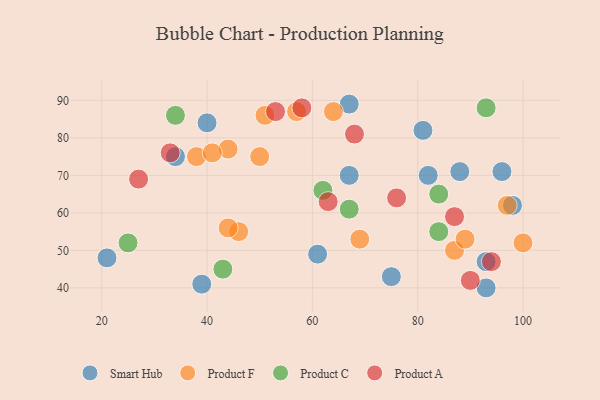
{"axis": {"x": "GDP", "y": "Life Expectancy"}, "legend": ["Product A", "Product C", "Product F", "Smart Hub"], "data": [{"x": "39", "y": 41, "type": "Smart Hub"}, {"x": "93", "y": 40, "type": "Smart Hub"}, {"x": "98", "y": 62, "type": "Smart Hub"}, {"x": "93", "y": 47, "type": "Smart Hub"}, {"x": "34", "y": 75, "type": "Smart Hub"}, {"x": "21", "y": 48, "type": "Smart Hub"}, {"x": "40", "y": 84, "type": "Smart Hub"}, {"x": "82", "y": 70, "type": "Smart Hub"}, {"x": "75", "y": 43, "type": "Smart Hub"}, {"x": "88", "y": 71, "type": "Smart Hub"}, {"x": "81", "y": 82, "type": "Smart Hub"}, {"x": "67", "y": 70, "type": "Smart Hub"}, {"x": "61", "y": 49, "type": "Smart Hub"}, {"x": "67", "y": 89, "type": "Smart Hub"}, {"x": "96", "y": 71, "type": "Smart Hub"}, {"x": "38", "y": 75, "type": "Product F"}, {"x": "64", "y": 87, "type": "Product F"}, {"x": "44", "y": 77, "type": "Product F"}, {"x": "41", "y": 76, "type": "Product F"}, {"x": "57", "y": 87, "type": "Product F"}, {"x": "51", "y": 86, "type": "Product F"}, {"x": "87", "y": 50, "type": "Product F"}, {"x": "46", "y": 55, "type": "Product F"}, {"x": "50", "y": 75, "type": "Product F"}, {"x": "44", "y": 56, "type": "Product F"}, {"x": "89", "y": 53, "type": "Product F"}, {"x": "100", "y": 52, "type": "Product F"}, {"x": "69", "y": 53, "type": "Product F"}, {"x": "97", "y": 62, "type": "Product F"}, {"x": "62", "y": 66, "type": "Product C"}, {"x": "43", "y": 45, "type": "Product C"}, {"x": "93", "y": 88, "type": "Product C"}, {"x": "84", "y": 55, "type": "Product C"}, {"x": "84", "y": 65, "type": "Product C"}, {"x": "34", "y": 86, "type": "Product C"}, {"x": "67", "y": 61, "type": "Product C"}, {"x": "25", "y": 52, "type": "Product C"}, {"x": "68", "y": 81, "type": "Product A"}, {"x": "27", "y": 69, "type": "Product A"}, {"x": "90", "y": 42, "type": "Product A"}, {"x": "94", "y": 47, "type": "Product A"}, {"x": "76", "y": 64, "type": "Product A"}, {"x": "58", "y": 88, "type": "Product A"}, {"x": "33", "y": 76, "type": "Product A"}, {"x": "53", "y": 87, "type": "Product A"}, {"x": "63", "y": 63, "type": "Product A"}, {"x": "87", "y": 59, "type": "Product A"}]}